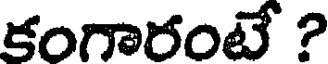
కంగారంటే ?